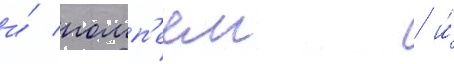
и́ помп'еем / и́